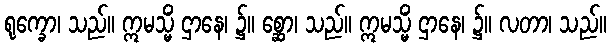
ရုက္ခော၊ သည်။ ဣမသ္မိံ ဌာနေ၊ ၌။ စ္ဆော၊ သည်။ ဣမသ္မိံ ဌာနေ၊ ၌။ လတာ၊ သည်။